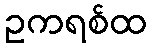
ဥကရစ်ထ